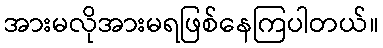
အားမလိုအားမရဖြစ်နေကြပါတယ်။